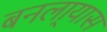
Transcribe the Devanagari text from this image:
बनला्यास